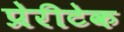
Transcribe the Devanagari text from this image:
प्रेरीटेक